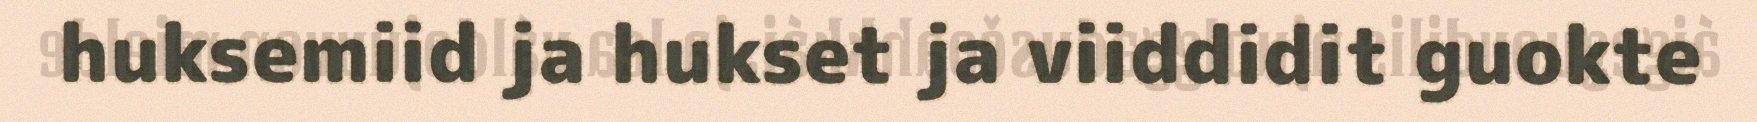
huksemiid ja hukset ja viiddidit guokte